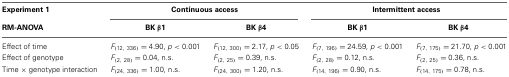
| Experiment 1 | <COLSPAN=2> Continuous access | <COLSPAN=2> Intermittent access |
 | RM-ANOVA | BK β1 | BK β4 | BK β1 | BK β4 |
 | --- | --- | --- | --- | --- |
 | Effect of time | F(12, 336) = 4.90, p < 0.001 | F(12, 300) = 2.17, p < 0.05 | F(7, 196) = 24.59, p < 0.001 | F(7, 175) = 21.70, p < 0.001 |
 | Effect of genotype | F(2, 28) = 0.04, n.s. | F(2, 25) = 0.39, n.s. | F(2, 28) = 0.12, n.s. | F(2, 25) = 0.36, n.s. |
 | Time × genotype interaction | F(24, 336) = 1.00, n.s. | F(24, 300) = 1.20, n.s. | F(14, 196) = 0.90, n.s. | F(14, 175) = 0.78, n.s. |